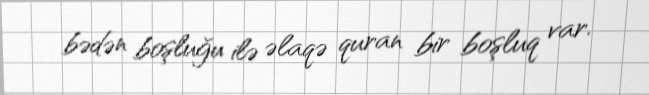
bədən boşluğu ilə əlaqə quran bir boşluq var.